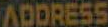
ADDRESS